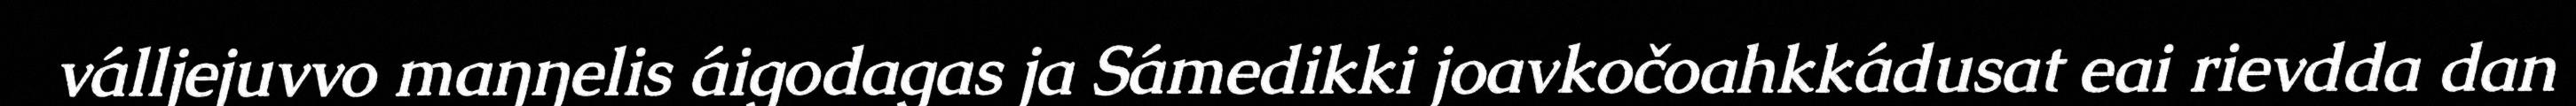
válljejuvvo maŋŋelis áigodagas ja Sámedikki joavkočoahkkádusat eai rievdda dan